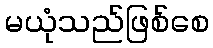
မယုံသည်ဖြစ်စေ